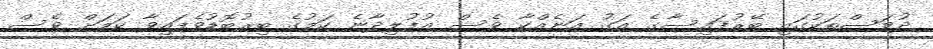
ދުވަސްތަކުގައި ބޭރުފައިސާގެ އަގު އަނެއްކާ ވެސް އުފުލިދާނެ ކަމުގެ ބިރުބޮޑުވެފައިވާ ކަމަށް ވެސް